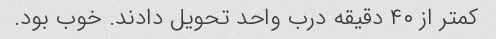
کمتر از ۴۰ دقیقه درب واحد تحویل دادند. خوب بود.